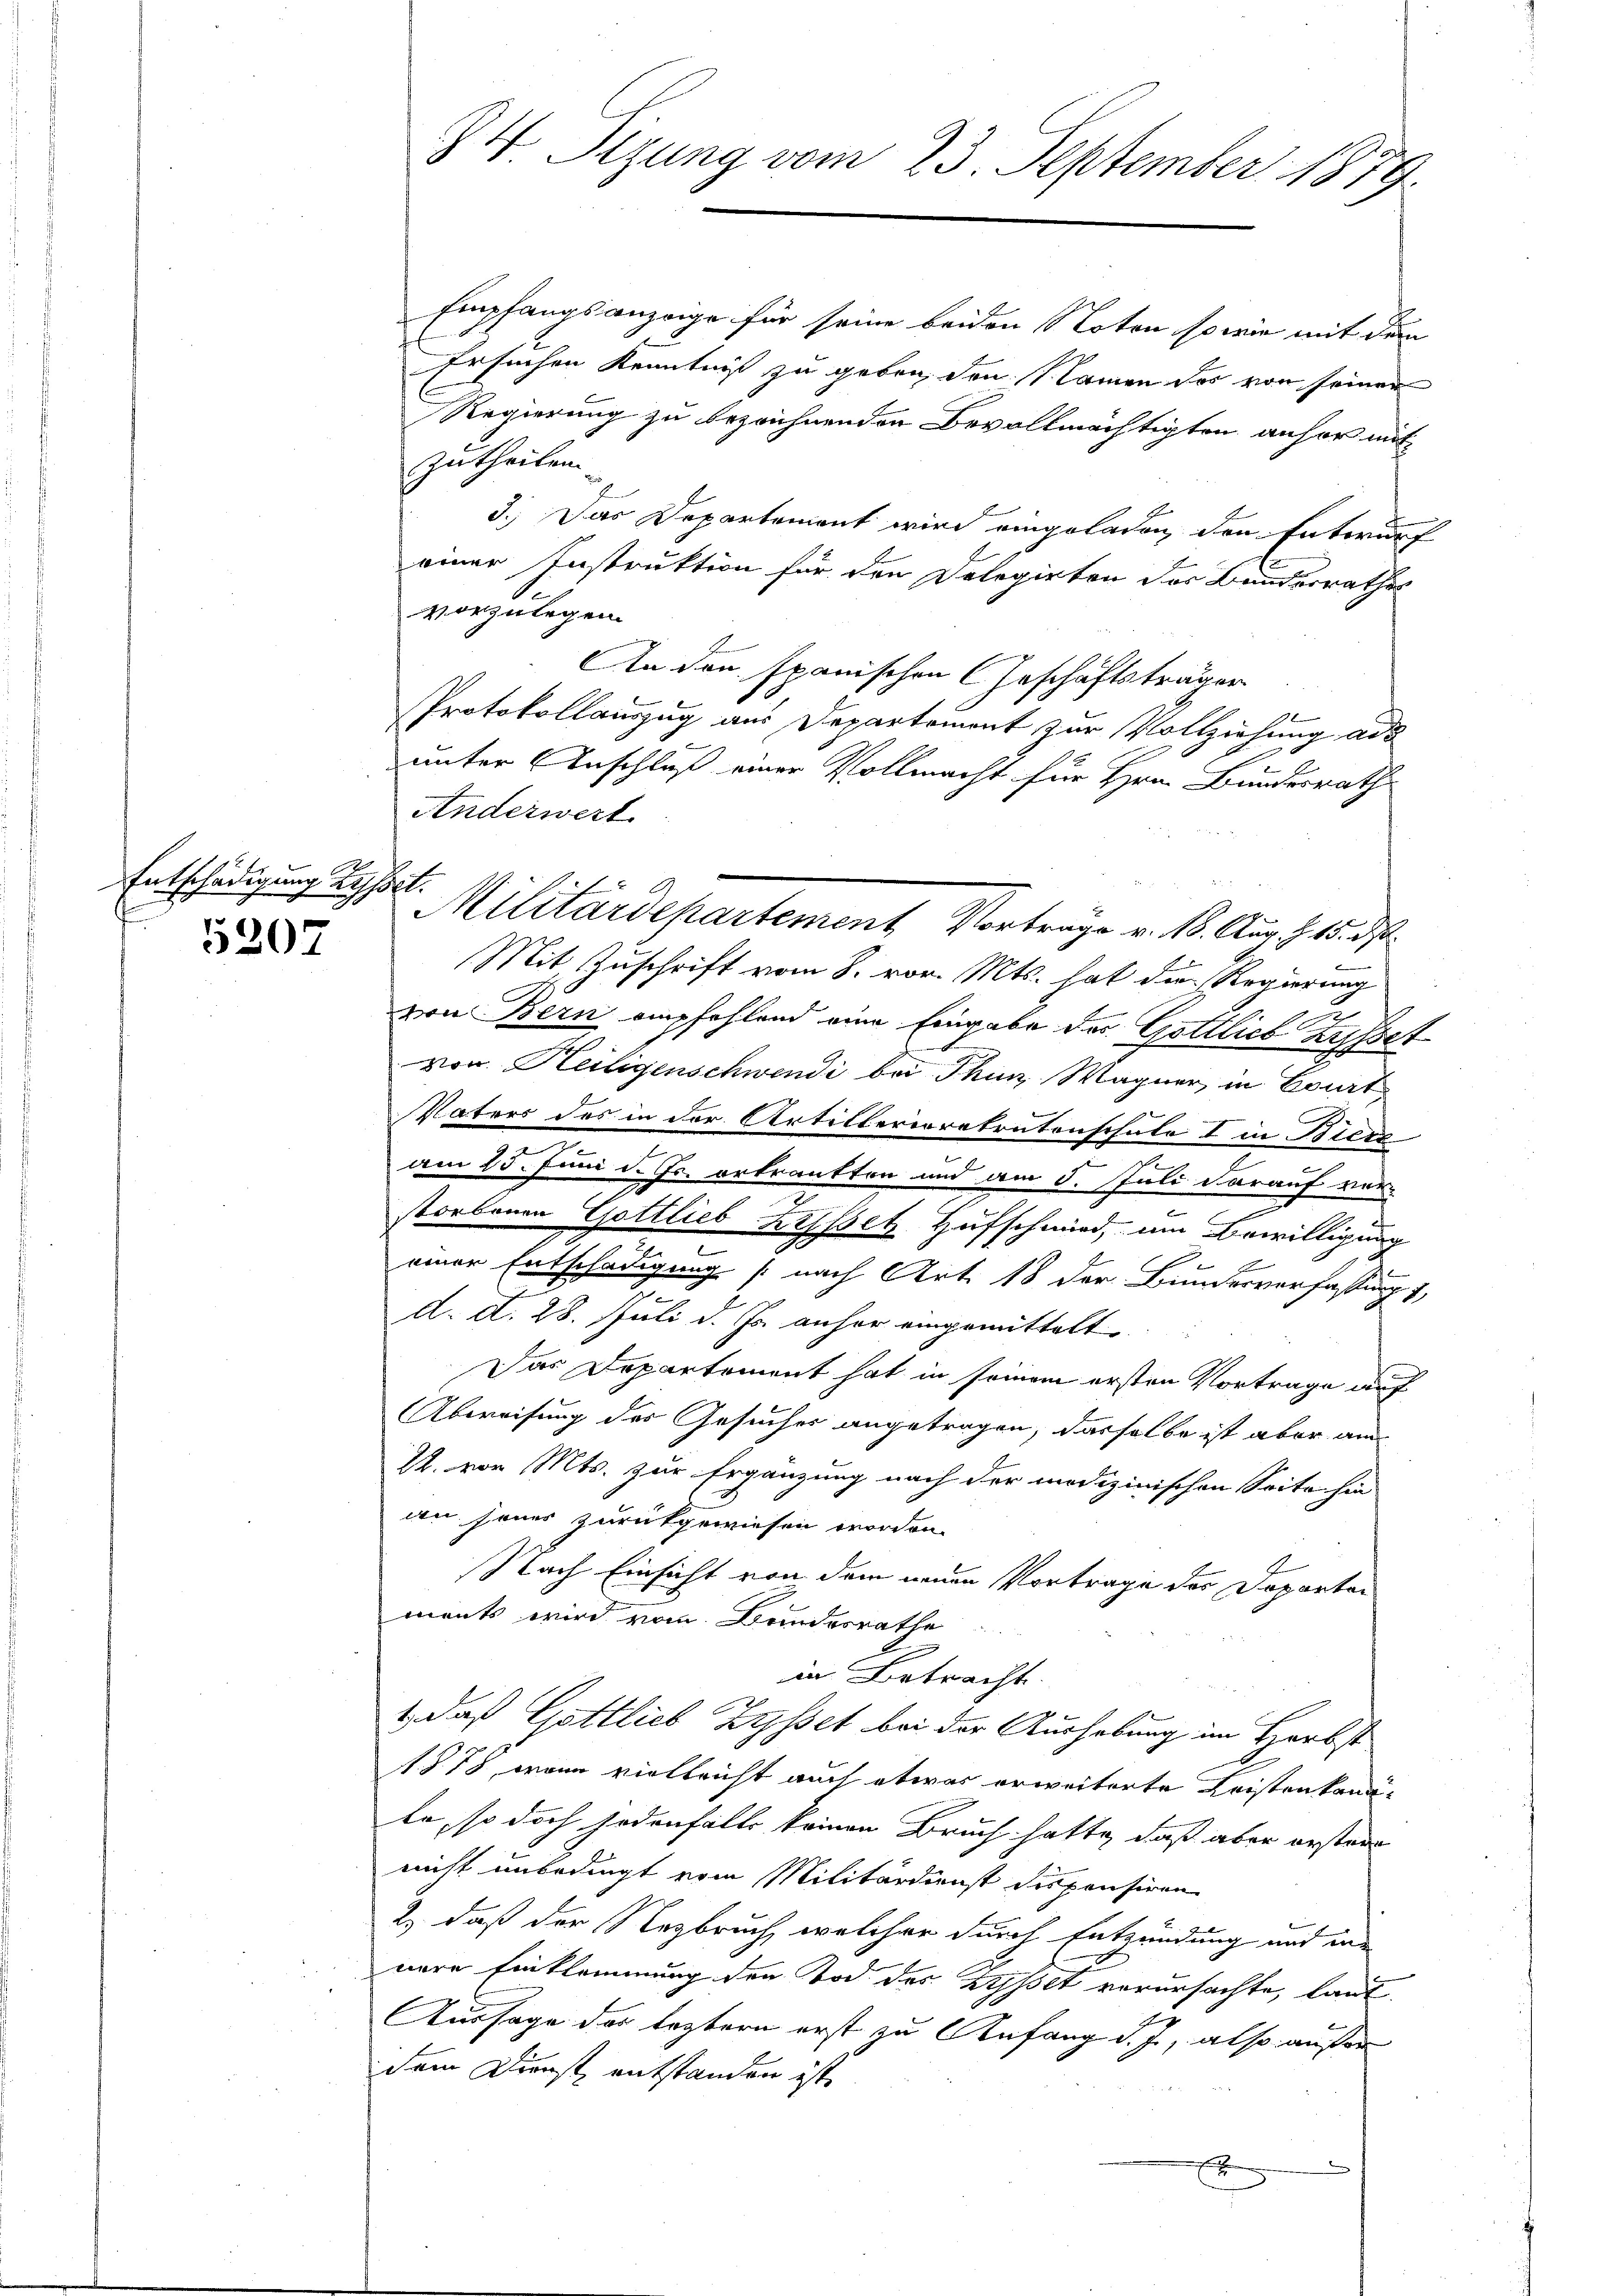
Entschädigung Lysset.

5207

Empfangsanzeige für seine beiden Noten so wie mit dem
Ersuchen Kenntniß zu geben, den Namen der von seiner
Regierung zu bezeichnenden Bevollmächtigten anher mit
zutheilen.
3.) Das Departement wird eingeladen, den Entwurf
einer Instruktion für den Delegirten des Bundesrathes
vorzulegen
An den spanischen Geschäftsträger
Protokollauszug aus Departement zur Vollziehung ad
b
unter Anschluß einer Vollmacht für Hrn. Bundesrath
Anderwert
Militärdepartement, Vortrage v. 1. Aug. 15. ds.
Mit Zuschrift vom 8. vor. Mts. hat die Regierung
A
von Bern empfehlend eine Eingabe des Gottlich ausset
von Heiligenschwendi bei Thun, Wagner, in Court
Vaters des in der Artillerioratentenschale I in Biere
am 15. Juni d. Js. ertrautten und am 5. Juli darauf ver-
e
storbenen Gottlieb Bessetz Hufschwird, um Bewilligung
e
einer Entschädigung (nach Art. 18 der Bundesverfassung,
d. d. 28. Juli d. Js. anher eingemittelt
Das Departement hat in seinem ersten Vortrage auf
Abweisung des Gesuches angetragen, dasselbe ist aber am
1. von Mts. zur Ergänzung nach der medizinischen Seite hie
an seins zurückgewiesen worden.
Nach Einsicht von dem neuen Vortrage der Departements wird vom Brindesrathe
in Betracht.
g
1., daß Gottlieb Zysset bei der Aushebung im Herbst
1878, wenn vielleicht auch etwas erweiterte Leisten kannte, so doch jedenfalls keinen Bruch hatte, daß aber erstan
nicht unbedingt vom Militärdienst dispensiren
2) daß der Nezbruch, welcher durch Entzündung und der
nere Einkommung den Tod des Zysset verursachte, laut
Aussage der leztern erst zu Anfang d. J., also außer
dem Dienst entstanden ist,
x

84 Sizung vom 23. September 1879.